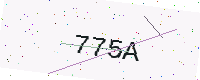
Text: 775A